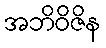
အဘိဝိဇိန